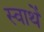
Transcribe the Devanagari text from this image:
स्वार्थें